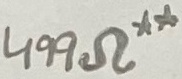
Text: 499Ω**